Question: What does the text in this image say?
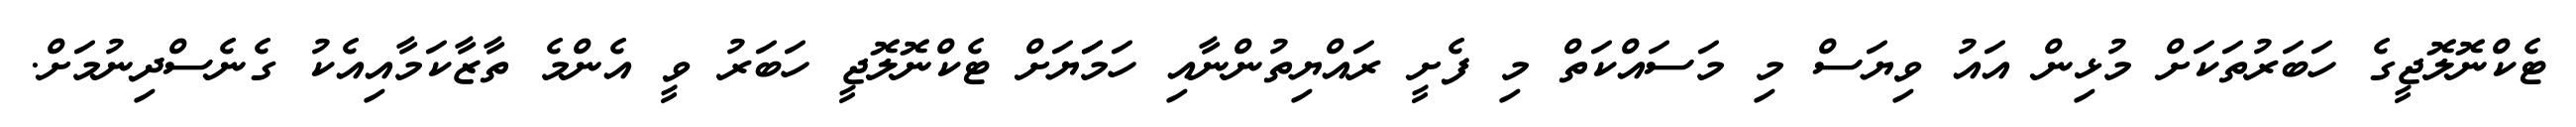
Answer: ޓެކްނޮލޮޖީގެ ހަބަރުތަކަށް މުޅިން އައު ވިޔަސް މި މަސައްކަތް މި ފެށީ ރައްޔިތުންނާއި ހަމަަޔަށް ޓެކްނޮލޮޖީ ހަބަރު ވީ އެންމެ ތާޒާކަމާއިއެކު ގެނެސްދިނުމަށް.